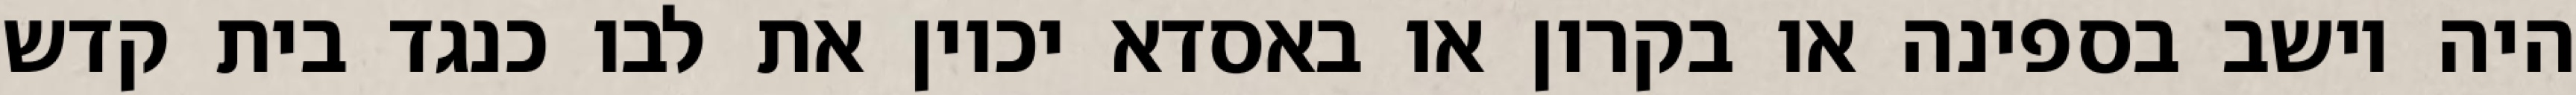
היה יושב בספינה או בקרון או באסדא יכוין את לבו כנגד בית קדש